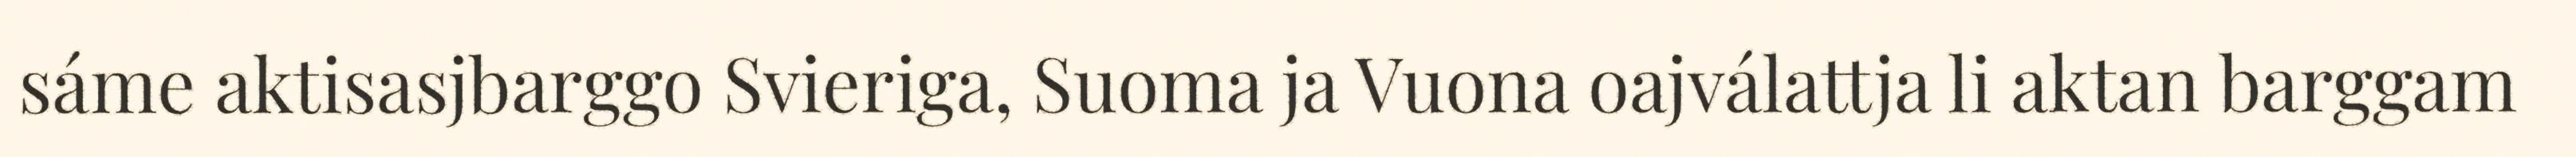
sáme aktisasjbarggo Svieriga, Suoma ja Vuona oajválattja li aktan barggam